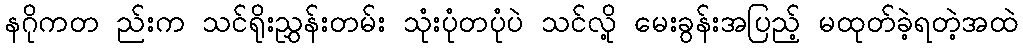
နဂိုကတ ည်းက သင်ရိုးညွှန်းတမ်း သုံးပုံတပုံပဲ သင်လို့ မေးခွန်းအပြည့် မထုတ်ခဲ့ရတဲ့အထဲ